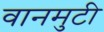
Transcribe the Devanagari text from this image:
वानमुटी